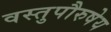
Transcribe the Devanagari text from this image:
वस्तुपौरुषेय